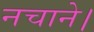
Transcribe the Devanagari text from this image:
नचाने।